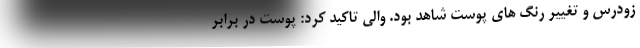
زودرس و تغییر رنگ های پوست شاهد بود. والی تاکید کرد: پوست در برابر